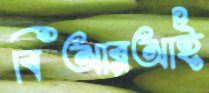
বিআরআই